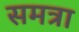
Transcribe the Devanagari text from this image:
समत्रा